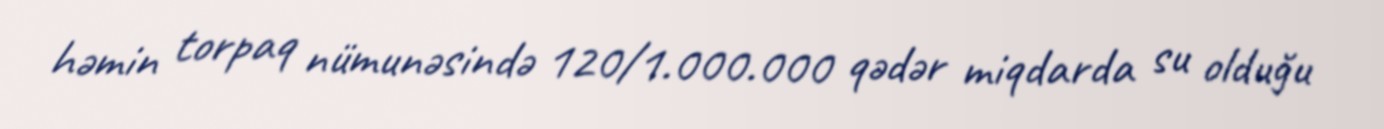
həmin torpaq nümunəsində 120/1.000.000 qədər miqdarda su olduğu